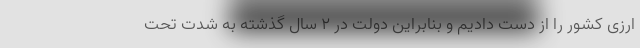
ارزی کشور را از دست دادیم و بنابراین دولت در ۲ سال گذشته به شدت تحت